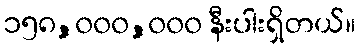
၁၅၈,၀၀၀,၀၀၀ နီးပါးရှိတယ်။